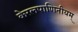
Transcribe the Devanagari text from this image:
केरलपाणिनीयम्